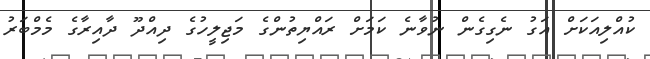
ކުއްލިއަކަށް އަގު ނެގިގެން ނުވާނެ ކަމަށް ރައްޔިތުންގެ މަޖިލީހުގެ ދިއްދޫ ދާއިރާގެ މެމްބަރު